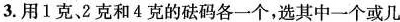
3.用1克、2克和4克的砝码各一个，选其中一个或几